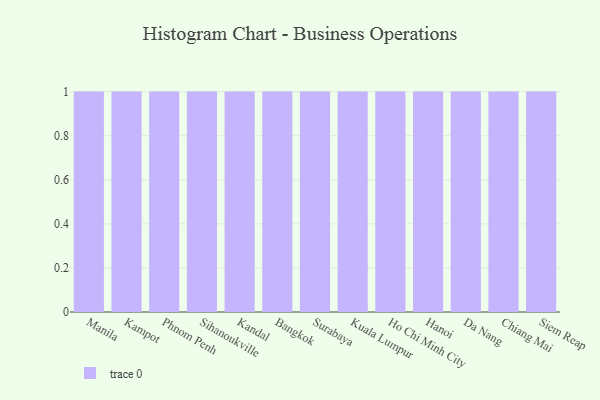
{"axis": {"x": "City", "y": "Net Income (USD K)"}, "legend": [""], "data": [{"x": "Manila", "y": 40, "type": ""}, {"x": "Kampot", "y": 1, "type": ""}, {"x": "Phnom Penh", "y": 4, "type": ""}, {"x": "Sihanoukville", "y": 72, "type": ""}, {"x": "Kandal", "y": 11, "type": ""}, {"x": "Bangkok", "y": 32, "type": ""}, {"x": "Surabaya", "y": 1, "type": ""}, {"x": "Kuala Lumpur", "y": 97, "type": ""}, {"x": "Ho Chi Minh City", "y": 39, "type": ""}, {"x": "Hanoi", "y": 58, "type": ""}, {"x": "Da Nang", "y": 3, "type": ""}, {"x": "Chiang Mai", "y": 57, "type": ""}, {"x": "Siem Reap", "y": 65, "type": ""}]}